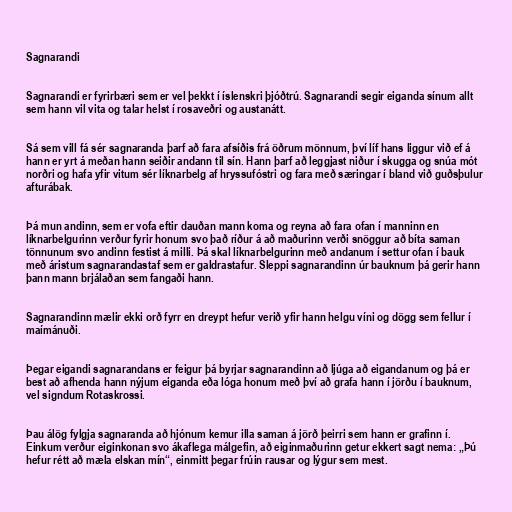
Sagnarandi

Sagnarandi er fyrirbæri sem er vel þekkt í íslenskri þjóðtrú. Sagnarandi segir eiganda sínum allt
sem hann vil vita og talar helst í rosaveðri og austanátt.

Sá sem vill fá sér sagnaranda þarf að fara afsíðis frá öðrum mönnum, því líf hans liggur við ef á
hann er yrt á meðan hann seiðir andann til sín. Hann þarf að leggjast niður í skugga og snúa mót
norðri og hafa yfir vitum sér líknarbelg af hryssufóstri og fara með særingar í bland við guðsþulur
afturábak.

Þá mun andinn, sem er vofa eftir dauðan mann koma og reyna að fara ofan í manninn en
líknarbelgurinn verður fyrir honum svo það ríður á að maðurinn verði snöggur að bíta saman
tönnunum svo andinn festist á milli. Þá skal líknarbelgurinn með andanum í settur ofan í bauk
með áristum sagnarandastaf sem er galdrastafur. Sleppi sagnarandinn úr bauknum þá gerir hann
þann mann brjálaðan sem fangaði hann.

Sagnarandinn mælir ekki orð fyrr en dreypt hefur verið yfir hann helgu víni og dögg sem fellur í
maímánuði.

Þegar eigandi sagnarandans er feigur þá byrjar sagnarandinn að ljúga að eigandanum og þá er
best að afhenda hann nýjum eiganda eða lóga honum með því að grafa hann í jörðu í bauknum,
vel signdum Rotaskrossi.

Þau álög fylgja sagnaranda að hjónum kemur illa saman á jörð þeirri sem hann er grafinn í.
Einkum verður eiginkonan svo ákaflega málgefin, að eiginmaðurinn getur ekkert sagt nema: „Þú
hefur rétt að mæla elskan mín“, einmitt þegar frúin rausar og lýgur sem mest.